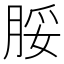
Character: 脮